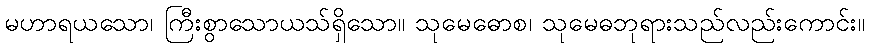
မဟာရယသော၊ ကြီးစွာသောယသ်ရှိသော။ သုမေဓောစ၊ သုမေဓဘုရားသည်လည်းကောင်း။